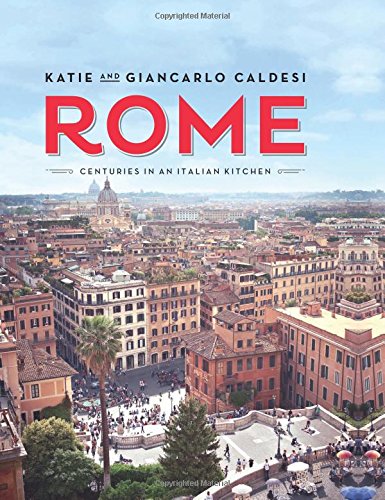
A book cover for Rome: Centuries in an Italian Kitchen; Katie Caldesi; Cookbooks, Food & Wine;